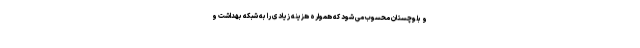
و بلوچستان محسوب می شود که همواره هزینه زیادی را به شبکه بهداشت و